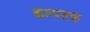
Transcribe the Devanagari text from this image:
कल्पतक